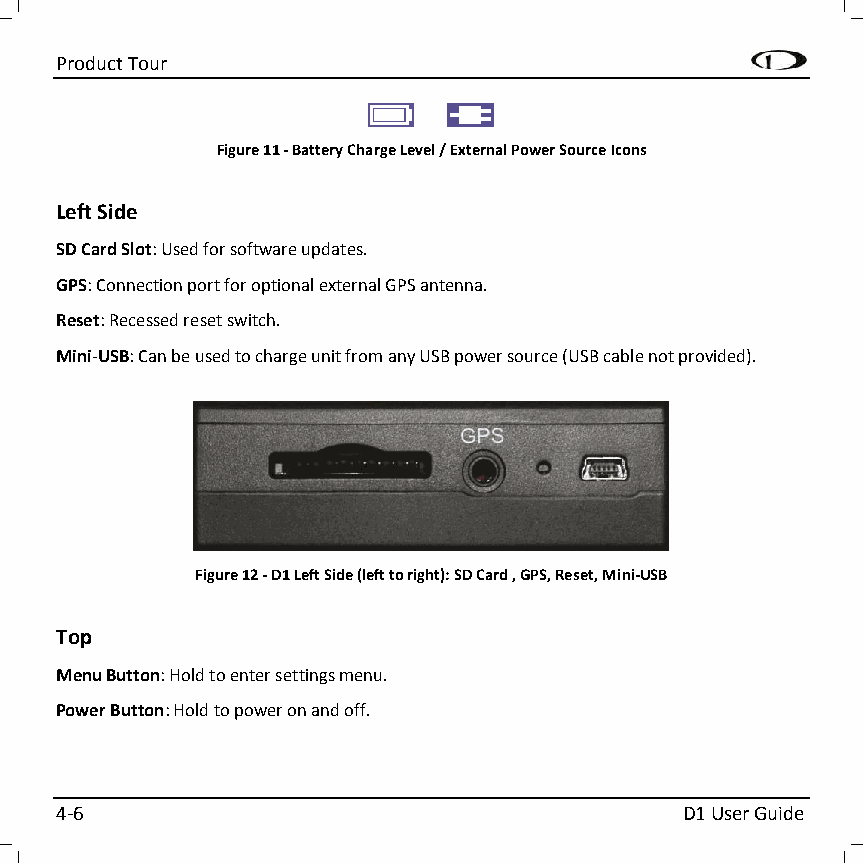
Product Tour
 Figure 11 - Battery Charge Level / External Power Source Icons
 Left Side
 SD Card Slot: Used for software updates.
 GPS: Connection port for optional external GPS antenna.
 Reset: Recessed reset switch.
 Mini-USB: Can be used to charge unit from any USB power source (USB cable not provided).
 Figure 12 - D1 Left Side (left to right): SD Card , GPS, Reset, Mini-USB
 Top
 Menu Button: Hold to enter settings menu.
 Power Button: Hold to power on and off.
 4-6                                      D1 User Guide